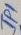
Text: IP1